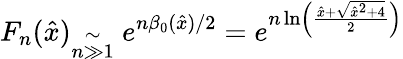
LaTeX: F_{n}(\hat{x}){}_{\stackrel{\mathrm{\Large~\sim~}}{n\gg 1}}\ e^{n\beta_{0}({\hat{x}})/2}=e^{n\ln\left(\frac{{\hat{x}}+\sqrt{{\hat{x}}^{2}+4}}{2}\right)}